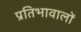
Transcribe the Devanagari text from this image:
प्रतिभावालों